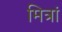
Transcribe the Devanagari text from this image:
मित्रां